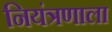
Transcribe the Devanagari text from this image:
नियंत्रणाला